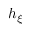
h _ { \xi }